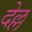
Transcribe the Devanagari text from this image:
देल्ल